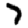
Digit: 7